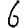
Digit: 6